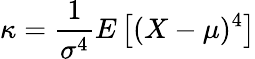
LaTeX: \kappa={\frac{1}{\sigma^{4}}}E\left[(X-\mu)^{4}\right]